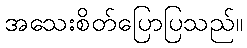
အသေးစိတ်ပြောပြသည်။